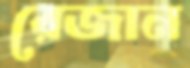
রেজান